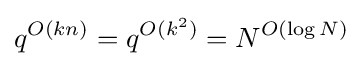
q^{O(kn)}=q^{O(k^{2})}=N^{O(\log N)}